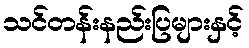
သင်တန်းနည်းပြများနှင့်